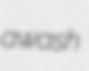
awash